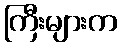
ကြီးများက